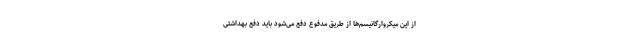
از این میکروارگانیسم‌ها از طریق مدفوع دفع می‌شود باید دفع بهداشتی